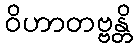
ဝိဟာတဗ္ဗန္တိ